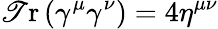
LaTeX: \operatorname{\mathscr{T}r}\left(\gamma^{\mu}\gamma^{\nu}\right)=4\eta^{\mu\nu}